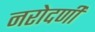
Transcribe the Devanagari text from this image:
नरोदणी